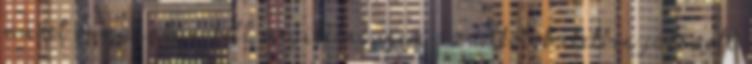
művet önmagában kell megítélni, nem az alkotók életben játszott